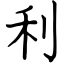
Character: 利